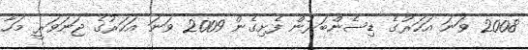
2008 ވަނަ އަހަރުގެ ޑިސެންބަރުން ފެށިގެން 2009 ވަނަ އަހަރުގެ ޖަނަވަރީ މަހާ